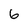
Character: 6